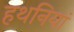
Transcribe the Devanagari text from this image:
हथनियां